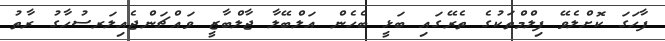
ފާހަގަ ކޮށްލެވޭ ފިލްމްތަކުގެ ތެރޭގައި ބަޅީ ބެހެން އަލްބޭލާ ޖާލްބާޒީ ވައްޗަންޖެއިލަރސުހާގު ރާތު